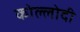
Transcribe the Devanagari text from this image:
कोल्लोदी